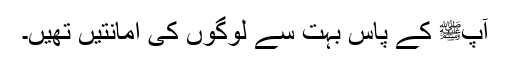
آپﷺ کے پاس بہت سے لوگوں کی امانتیں تھیں۔